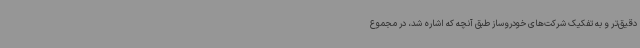
دقیق‌تر و به تفکیک شرکت‌های خودروساز طبق آنچه که اشاره شد، در مجموع